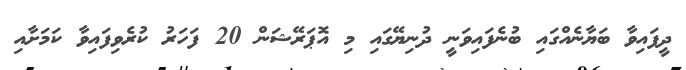
ދީފައިވާ ބަޔާނެއްގައި ބުނެފައިވަނީ ދުނިޔޭގައި މި އޮޕަރޭޝަން 20 ފަހަރު ކުރެވިފައިވާ ކަމަށާއި